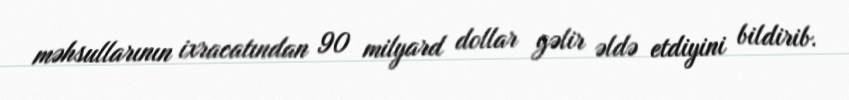
məhsullarının ixracatından 90 milyard dollar gəlir əldə etdiyini bildirib.